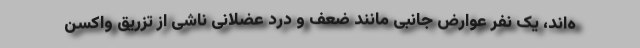
ه‌اند، یک نفر عوارض جانبی مانند ضعف و درد عضلانی ناشی از تزریق واکسن